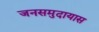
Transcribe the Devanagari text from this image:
जनसमुदायास